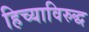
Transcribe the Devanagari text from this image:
हिच्याविरुद्ध